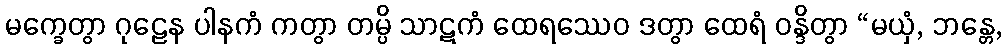
မက္ခေတွာ ဂုဠေန ပါနကံ ကတွာ တမ္ပိ သာဋကံ ထေရဿေဝ ဒတွာ ထေရံ ဝန္ဒိတွာ “မယှံ, ဘန္တေ,